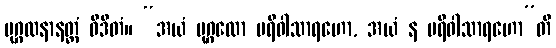
ပုဂ္ဂလနာနတ္တံ ဝိဒိတံ။ “အယံ ပုဂ္ဂလော ပရိဝါသာရဟော, အယံ န ပရိဝါသာရဟော”တိ